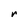
Character: r